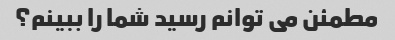
مطمئن می توانم رسید شما را ببینم؟